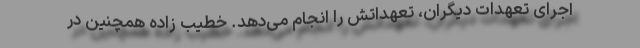
اجرای تعهدات دیگران، تعهداتش را انجام می‌دهد. خطیب زاده همچنین در